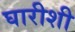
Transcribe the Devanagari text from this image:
घारीशी